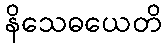
နိသေဓယေတိ